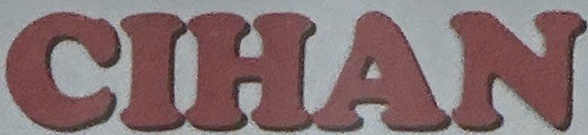
CIHAN